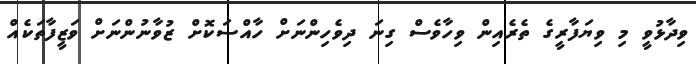
ވިދާޅުވީ މި ވިޔަފާރީގެ ތެރެއިން ވިހާވެސް ގިނަ ދިވެހިންނަށް ހާއްސަކޮށް ޒުވާނުންނަށް ވަޒީފާތަކެއް